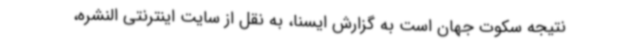
نتیجه سکوت جهان است به گزارش ایسنا، به نقل از سایت اینترنتی النشره،